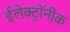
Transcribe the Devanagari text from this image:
ईलेक्ट्रॉनीक